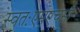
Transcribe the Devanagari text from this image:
स्वतःएमएचसी